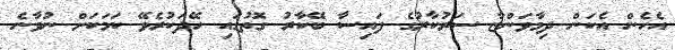
އެހެން އެކަން ދިމާވަންޏާ ސަރުކާރުގެ ފައިސާ ބޭކާރު ގޮތުގައި ހޭދަކުރެވޭ ކަމަކަށް ނުވާނެ